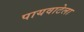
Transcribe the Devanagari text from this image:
पायवाटेला